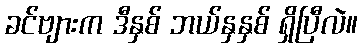
ခင်ဗျားက ဒီနှစ် ဘယ်နှနှစ် ရှိပြီလဲ။